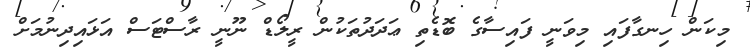
މިކަން ހިނގާފައި މިވަނީ ފައިސާގެ ބޮޑެތި ޢަދަދުތަކުން ރީލޯޑް ނޫނީ ރާސްޓަސް އަޅައިދިނުމަށް